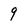
Character: 9